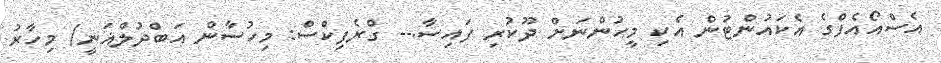
އެސްއޯއެފްގެ އެކައުންޓުން އެކި މީހުންނަށް ދޫކުރި ފައިސާ.-- ގްރެފިކްސް: މިހުސާން އަބްދުލްޣަނީ/ މިހާރު